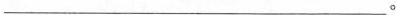
___。